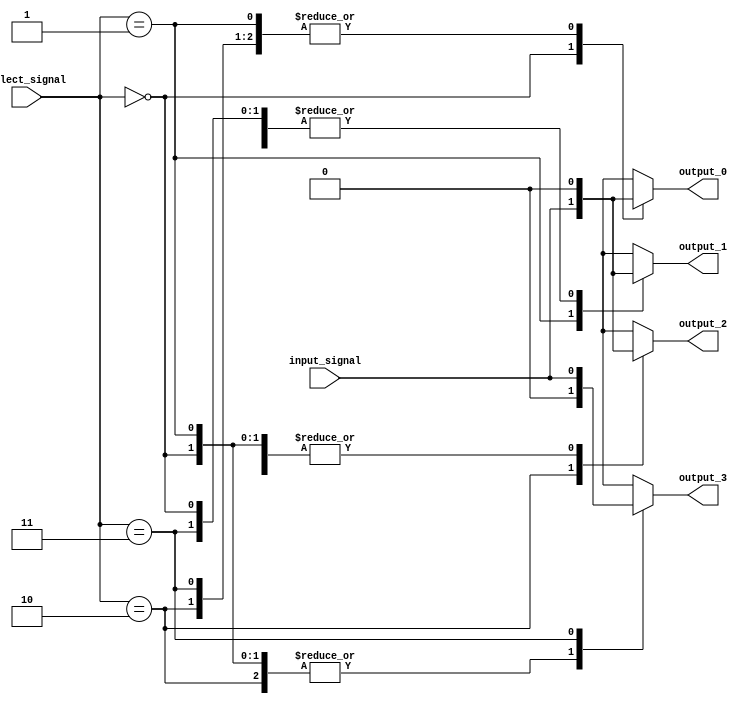
module demux_1to4 (
    input wire input_signal,
    input wire [1:0] select_signal,
    output reg output_0,
    output reg output_1,
    output reg output_2,
    output reg output_3
);

always @(*) begin
    case(select_signal)
        2'b00: begin
            output_0 <= input_signal;
            output_1 <= 1'b0;
            output_2 <= 1'b0;
            output_3 <= 1'b0;
        end
        2'b01: begin
            output_0 <= 1'b0;
            output_1 <= input_signal;
            output_2 <= 1'b0;
            output_3 <= 1'b0;
        end
        2'b10: begin
            output_0 <= 1'b0;
            output_1 <= 1'b0;
            output_2 <= input_signal;
            output_3 <= 1'b0;
        end
        2'b11: begin
            output_0 <= 1'b0;
            output_1 <= 1'b0;
            output_2 <= 1'b0;
            output_3 <= input_signal;
        end
    endcase
end

endmodule